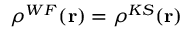
\rho ^ { W F } ( \mathbf { r } ) = \rho ^ { K S } ( \mathbf { r } )